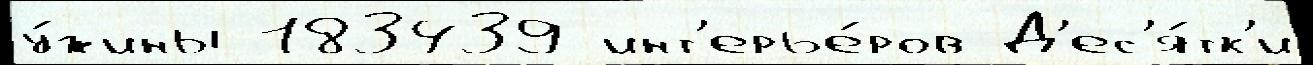
у́жины 183439 инт'ерье́ров Д'ес'я́тк'и